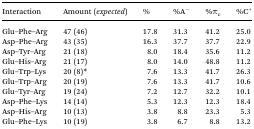
| Interaction | Amount (expected) | % | %A– | %πc | %C+ |
 | --- | --- | --- | --- | --- | --- |
 | Glu–Phe–Arg | 47 (46) | 17.8 | 31.3 | 41.2 | 25.0 |
 | Asp–Phe–Arg | 43 (35) | 16.3 | 37.7 | 37.7 | 22.9 |
 | Asp–Tyr–Arg | 21 (18) | 8.0 | 18.4 | 35.6 | 11.2 |
 | Glu–His–Arg | 21 (17) | 8.0 | 14.0 | 48.8 | 11.2 |
 | Glu–Trp–Lys | 20 (8)* | 7.6 | 13.3 | 41.7 | 26.3 |
 | Glu–Trp–Arg | 20 (19) | 7.6 | 13.3 | 41.7 | 10.6 |
 | Glu–Tyr–Arg | 19 (24) | 7.2 | 12.7 | 32.2 | 10.1 |
 | Asp–Phe–Lys | 14 (14) | 5.3 | 12.3 | 12.3 | 18.4 |
 | Asp–His–Arg | 10 (13) | 3.8 | 8.8 | 23.3 | 5.3 |
 | Glu–Phe–Lys | 10 (19) | 3.8 | 6.7 | 8.8 | 13.2 |